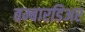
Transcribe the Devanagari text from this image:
बम्बारडिअर